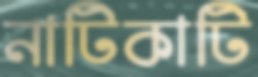
নাটিকাটি